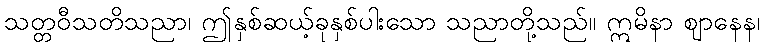
သတ္တဝီသတိသညာ၊ ဤနှစ်ဆယ့်ခုနှစ်ပါးသော သညာတို့သည်။ ဣမိနာ ဈာနေန၊